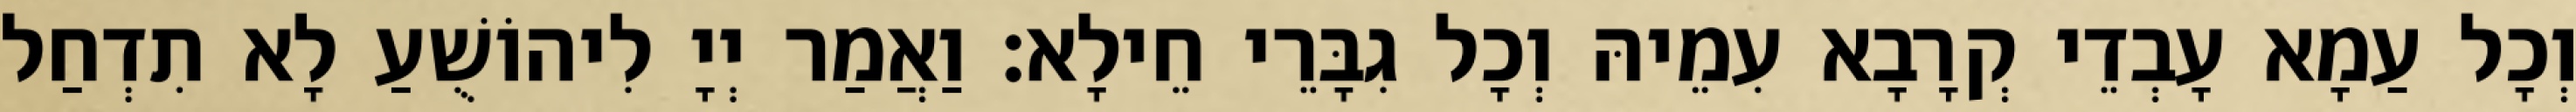
וְכָל עַמָא עָבְדֵי קְרָבָא עִמֵיהּ וְכָל גִבָּרֵי חֵילָא׃ וַאֲמַר יְיָ לִיהוֹשֻׁעַ לָא תִדְחַל